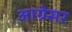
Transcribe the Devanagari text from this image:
आग्रेसर